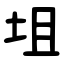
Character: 坥